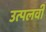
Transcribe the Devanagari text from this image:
उत्पलवी